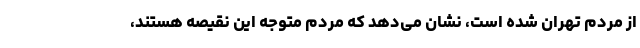
از مردم تهران شده است، نشان می‌دهد که مردم متوجه این نقیصه هستند،